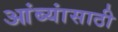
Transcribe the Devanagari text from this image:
आंब्यांसाठी